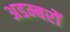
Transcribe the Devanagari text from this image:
अडम्बरों